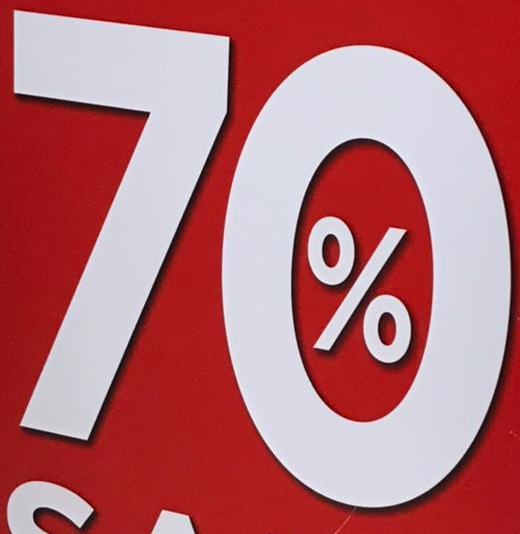
70